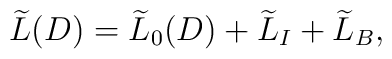
\widetilde{L}(D)=\widetilde{L}_{0}(D)+\widetilde{L}_{I}+\widetilde{L}_{B},